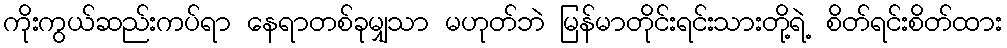
ကိုးကွယ်ဆည်းကပ်ရာ နေရာတစ်ခုမျှသာ မဟုတ်ဘဲ မြန်မာတိုင်းရင်းသားတို့ရဲ့ စိတ်ရင်းစိတ်ထား